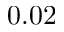
0 . 0 2